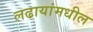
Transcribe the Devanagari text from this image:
लढायांमधील